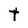
Character: t